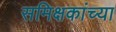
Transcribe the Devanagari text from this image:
समिक्षकांच्या